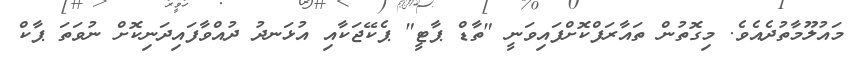
މައުލޫމާތުދެއެވެ. މިގޮތުން ތައާރަފްކޮށްފައިވަނީ "ތާޑް ޕާޓީ" ޕެކޭޖަކާއި އުޅަނދު ދުއްވާފައިދަނިކޮށް ނުވަތަ ޕާކް